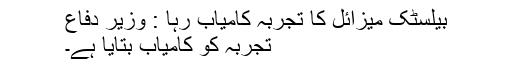
بیلسٹک میزائل کا تجربہ کامیاب رہا : وزیر دفاع
تجربہ کو کامیاب بتایا ہے۔